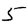
Digit: 5